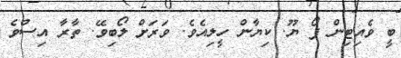
ބީ ވެއިޓިން ފޯ ޔޫ. ކިޔާން ހީލިއެވެ. ވަރަށް ލޯބިވޭ. ތާރާ އިސްވެ